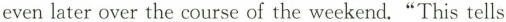
even later over the course of the weekend."This tells